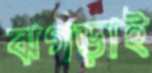
ঝগড়াই